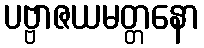
ပဗ္ဗာဇယမတ္တနော